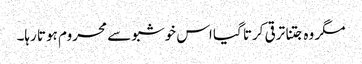
مگر وہ جتنا ترقی کرتا گیا اس خوشبو سے محروم ہوتا رہا۔